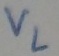
Text: VL